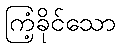
ကြံ့ခိုင်သော